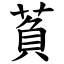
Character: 萯